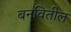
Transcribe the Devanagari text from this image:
बनवितील